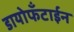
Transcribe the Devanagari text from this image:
डायोफँटाईन